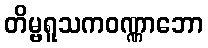
တိမ္ဗရူသကဝဏ္ဏာဘော